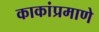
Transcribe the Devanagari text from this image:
काकांप्रमाणे